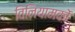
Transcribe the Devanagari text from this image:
विनियामकों